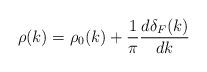
LaTeX: \begin{align*}\rho(k) = \rho_0(k) + \frac{1}{\pi} \frac{d\delta_F(k)}{dk}\end{align*}